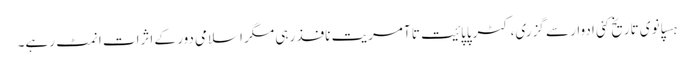
ہسپانوی تاریخ کئی ادوار سے گزری، کٹرپاپائیت تا آمریت نافذ رہی مگر اسلامی دور کے اثرات انمٹ رہے۔